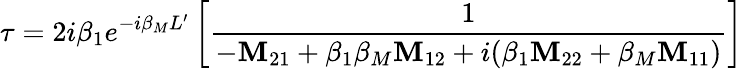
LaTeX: \tau=2i\beta_{1}e^{-i\beta_{M}L^{\prime}}\left[\frac{1}{-\texttt{\textbf{M}}_{21}+\beta_{1}\beta_{M}\texttt{\textbf{M}}_{12}+i(\beta_{1}\texttt{\textbf{M}}_{22}+\beta_{M}\texttt{\textbf{M}}_{11})}\right]